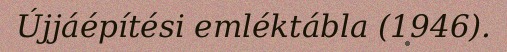
Újjáépítési emléktábla (1946).